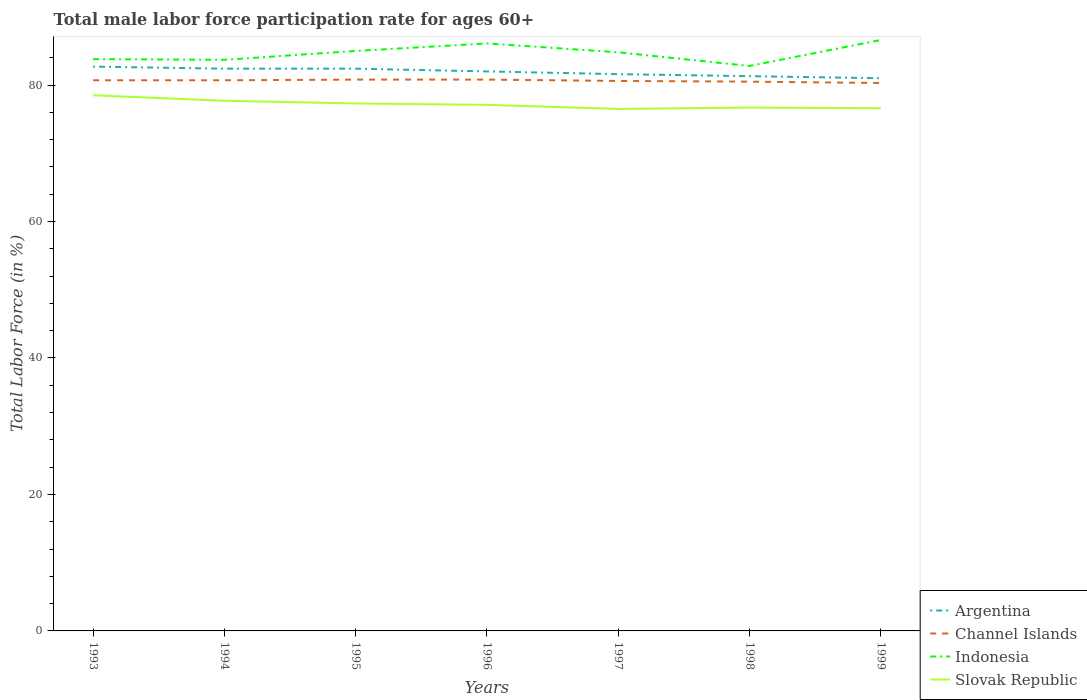
| Years | Argentina | Channel Islands | Indonesia | Slovak Republic |
 | --- | --- | --- | --- | --- |
 | 1993 | 82.7 | 80.7 | 83.8 | 78.5 |
 | 1994 | 82.4 | 80.7 | 83.7 | 77.7 |
 | 1995 | 82.4 | 80.8 | 85 | 77.3 |
 | 1996 | 82 | 80.8 | 86.1 | 77.1 |
 | 1997 | 81.6 | 80.6 | 84.8 | 76.5 |
 | 1998 | 81.3 | 80.5 | 82.8 | 76.7 |
 | 1999 | 81 | 80.3 | 86.6 | 76.6 |